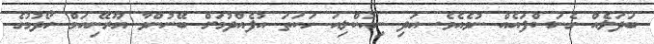
ބަދަލެއް ގެނަސްފައެއް ނުވެއެވެ. އަދި ނިއުކްލިއަ ހަކަތަ އުފެއްދުމަށް ބޭނުންވާ ޔޫރޭނިއަމް ހޯދުމުގެ